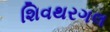
શિવથરગલ